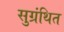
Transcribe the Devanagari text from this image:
सुग्रंथित